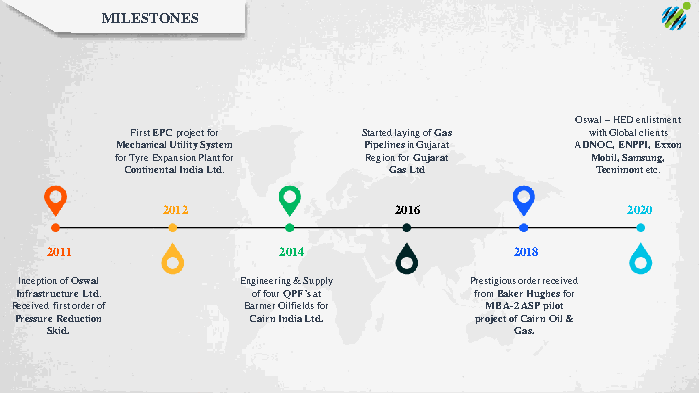
MILESTONES
 Oswal–HED enlistment
 First EPCproject for Started laying of Gas with Global clients
 Mechanical Utility System Pipelinesin Gujarat ADNOC, ENPPI, Exxon
 for TyreExpansion Plant for Region for Gujarat Mobil, Samsung,
 Continental India Ltd. Gas Ltd Tecnimontetc.
 2012           2016            2020
 2011           2014            2018
 Inception of Oswal Engineering & Supply Prestigious order received
 Infrastructure Ltd. of four QPF’s at from Baker Hughes for
 Received first order of BarmerOilfields for MBA-2 ASP pilot
 Pressure Reduction Cairn India Ltd. project of Cairn Oil &
 Skid.                          Gas.